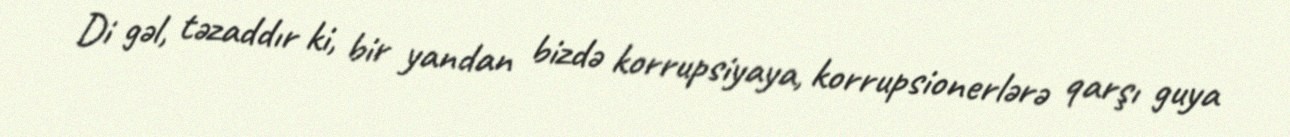
Di gəl, təzaddır ki, bir yandan bizdə korrupsiyaya, korrupsionerlərə qarşı guya